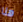
هنا